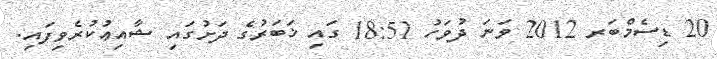
20 ޑިސެމްބަރ 2012 ވަނަ ދުވަހު 18:51 ގައި ޚަބަރުގެ ދަށުގައި ޝާއިޢުކުރެވިފައި.